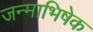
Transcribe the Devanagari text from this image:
जन्माभिषेक